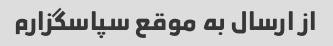
از ارسال به موقع سپاسگزارم